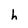
Character: h